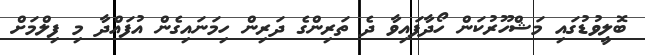
ބޮލީވުޑުގައި މަޝްހޫރުކަން ހޯދާފައިވާ ދެ ތަރިންގެ ދަރިން ހިމަނައިގެން އުފައްދާ މި ފިލްމަށް